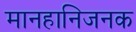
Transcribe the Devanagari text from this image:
मानहानिजनक